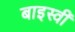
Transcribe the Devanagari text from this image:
बाइस्वीं